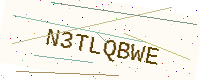
Text: N3TLQBWE